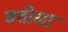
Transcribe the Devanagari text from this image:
बत्तीसा